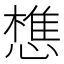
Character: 𢡫